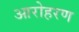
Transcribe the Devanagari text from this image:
आरोहरण